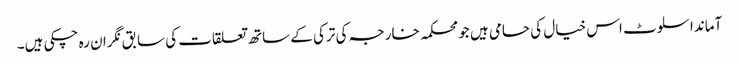
آماندا سلوٹ اس خیال کی حامی ہیں جو محکمہ خارجہ کی ترکی کے ساتھ تعلقات کی سابق نگران رہ چکی ہیں۔